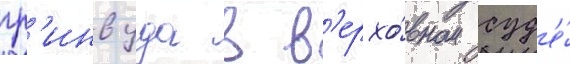
гр'инвуда в в'ерхо́вном суд'е́